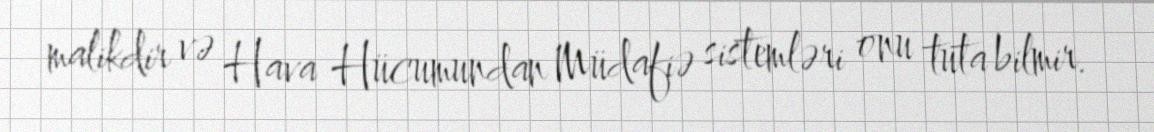
malikdir və Hava Hücumundan Müdafiə sistemləri onu tuta bilmir.